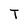
Character: T